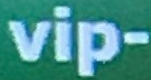
vip-